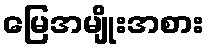
မြေအမျိုးအစား